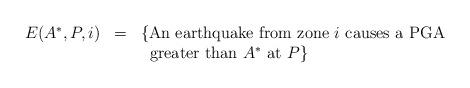
LaTeX: \begin{align*} \begin{array}{lll}E(A^*, P, i) & = & \{ \mbox{An earthquake from zone }i \mbox{ causes a PGA} \\& & \;\;\mbox{greater than }A^* \mbox{ at }P \}\end{array}\end{align*}